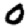
Digit: 0